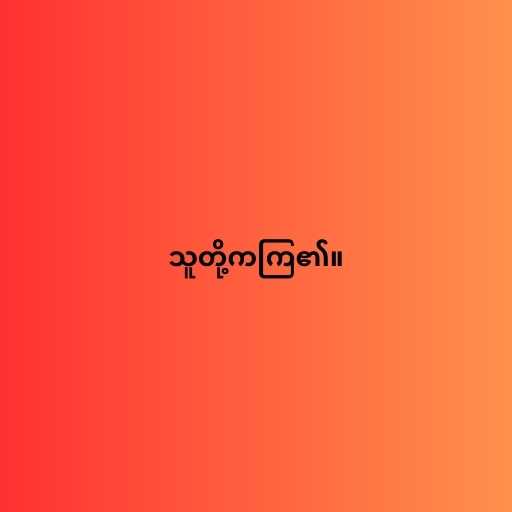
သူတို့ကကြ၏။